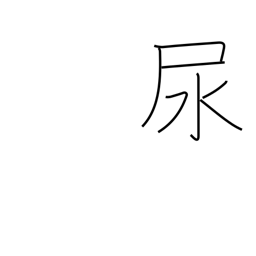
Meaning: urine